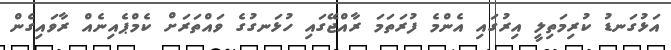
އަޅުގަނޑު ކުރިމަތިލީ އިރުގައި އެންމެ ފުރަތަމަ ރާއްޖޭގައި ހުޅަނގުގެ ވައްތަރަށް ކެމްޕެއިނެއް ރާވައިގެން